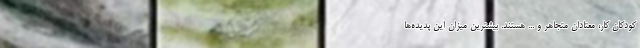
کودکان کار، معتادان متجاهر و ... هستند. بیشترین میزان این پدیده‌ها